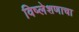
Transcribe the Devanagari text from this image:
विष्लेशणाचा